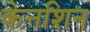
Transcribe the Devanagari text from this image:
केनशिन